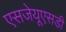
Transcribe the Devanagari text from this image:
एसजेयूएसडी